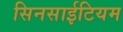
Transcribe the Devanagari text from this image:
सिनसाईटियम